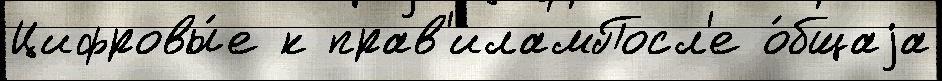
Цифровы́е к прав'иламПосл'е о́бщаjа